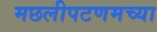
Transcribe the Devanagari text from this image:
मछलीपटणमच्या